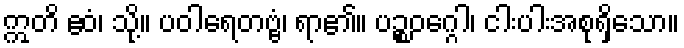
ဣတိ ဧဝံ၊ သို့။ ပဝါရေတဗ္ဗံ၊ ရာ၏။ ပဉ္စဝဂ္ဂေါ၊ ငါးပါးအစုရှိသော။